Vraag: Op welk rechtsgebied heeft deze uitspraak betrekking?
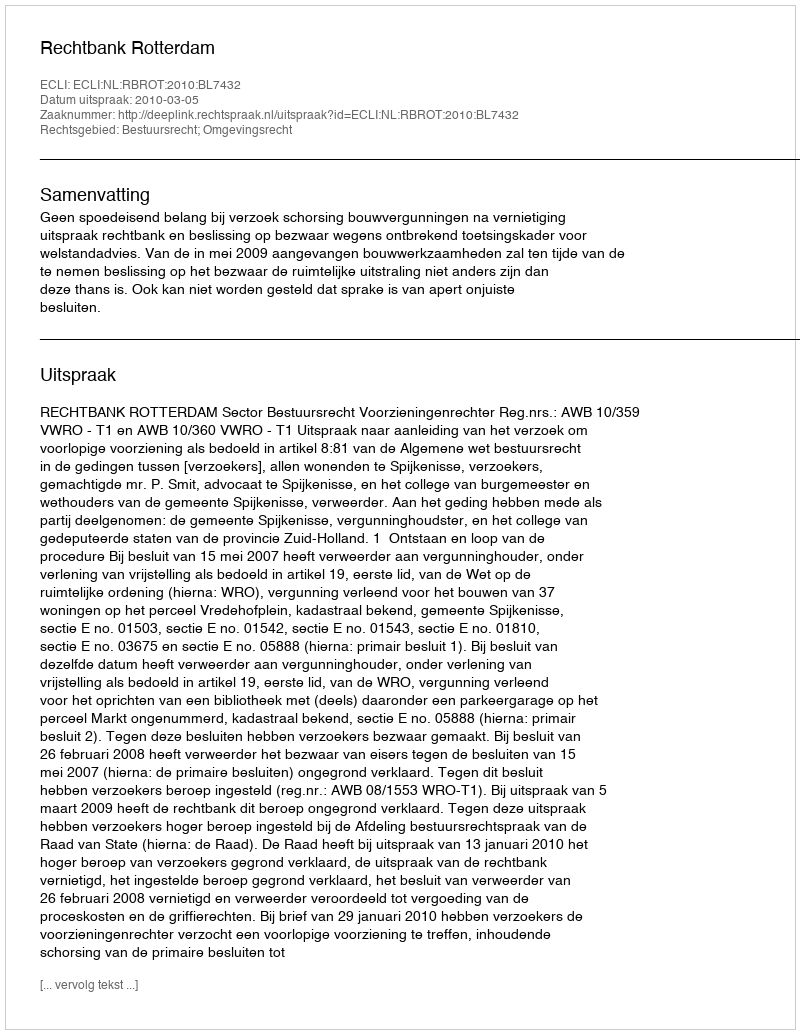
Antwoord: Bestuursrecht; Omgevingsrecht